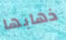
ذهابها